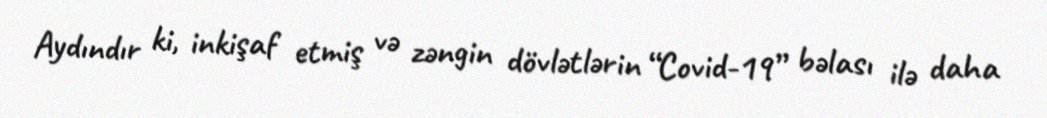
Aydındır ki, inkişaf etmiş və zəngin dövlətlərin “Covid-19” bəlası ilə daha